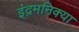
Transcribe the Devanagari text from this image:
इंद्रमनिक्या